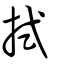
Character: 拭